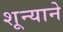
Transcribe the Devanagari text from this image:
शून्याने